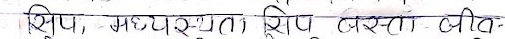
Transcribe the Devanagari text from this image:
शिप, मध्यस्थता शिप, जस्ता - बीर-